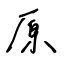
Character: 原